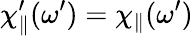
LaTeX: {\chi_{\parallel}^{\prime}(\omega^{\prime})=\chi_{\parallel}(\omega^{\prime})}